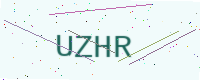
Text: UZHR